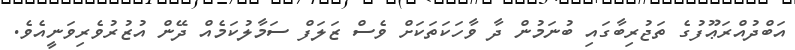
އަބްދުއްރަޢޫފުގެ ތަޖުރިބާގައި ބުނަމުން ދާ ވާހަކަތަކަށް ވެސް ޒަލަފް ސަމާލުކަމެއް ދޭން އުޒުރުވެރިވަނީއެވެ.